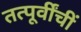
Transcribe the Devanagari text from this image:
तत्पूर्वींचीं